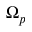
\Omega _ { p }